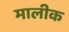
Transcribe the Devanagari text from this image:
मालीक